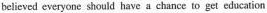
believed everyone should have a chance to get education